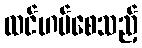
ထင်ဟပ်စေသည့်